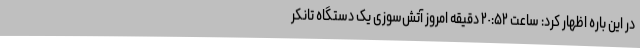
در این باره اظهار کرد: ساعت ٢٠:۵٢ دقیقه امروز آتش‌سوزی یک دستگاه تانکر